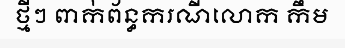
ថ្មីៗ ពាក់ព័ន្ធករណីលោក កឹម